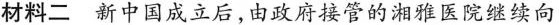
材料二 新中国成立后，由政府接管的湘雅医院继续向